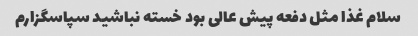
سلام غذا مثل دفعه پیش عالی بود خسته نباشید سپاسگزارم